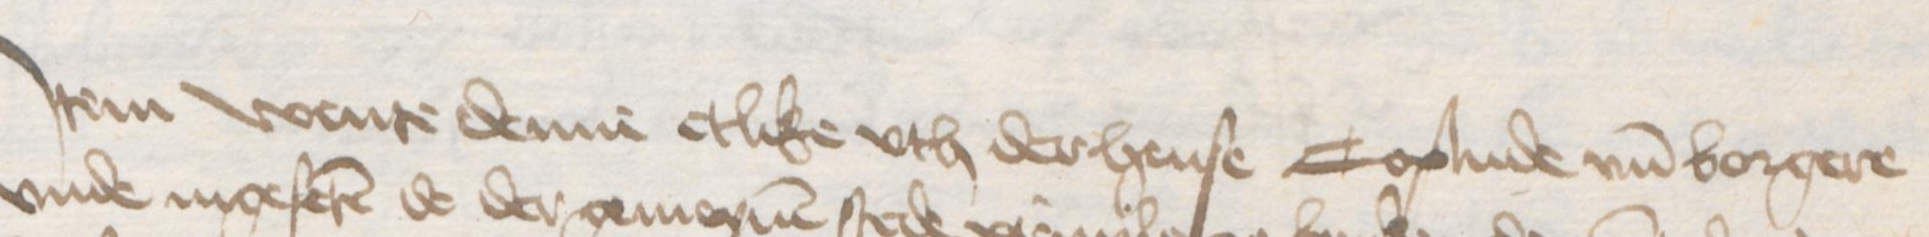
Jtem wente denne etlike vth der hense Coplude vnd borgere